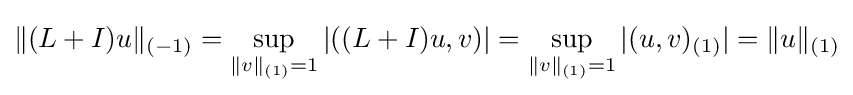
\|(L+I)u\|_{(-1)}=\sup _{\|v\|_{(1)}=1}|((L+I)u,v)|=\sup _{\|v\|_{(1)}=1}|(u,v)_{(1)}|=\|u\|_{(1)}